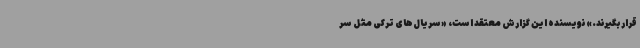
قرار بگیرند.» نویسنده این گزارش معتقد است، «سریال‌های ترکی مثل سر